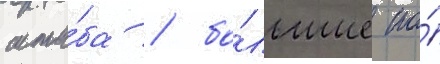
шта́ба / бо́льшие по́